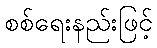
စစ်ရေးနည်းဖြင့်